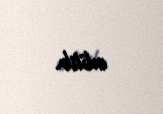
edilib.